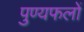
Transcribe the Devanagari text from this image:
पुण्यफलों